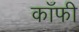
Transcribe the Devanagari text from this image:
काँफी